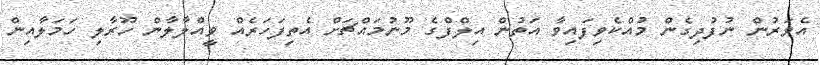
އެވަރުން ނުފުދިގެން މުއްކެވިފައިވާ އަތުން އިލްފްގެ މޫނުމައްޗަށް އެތިފަހަރެއް ވީއްލާލާން ހޫރާލި ހަމަލާއިން